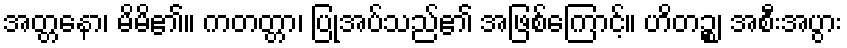
အတ္တနော၊ မိမိ၏။ ကတတ္တာ၊ ပြုအပ်သည်၏ အဖြစ်ကြောင့်။ ဟိတဉ္စ၊ အစီးအပွား